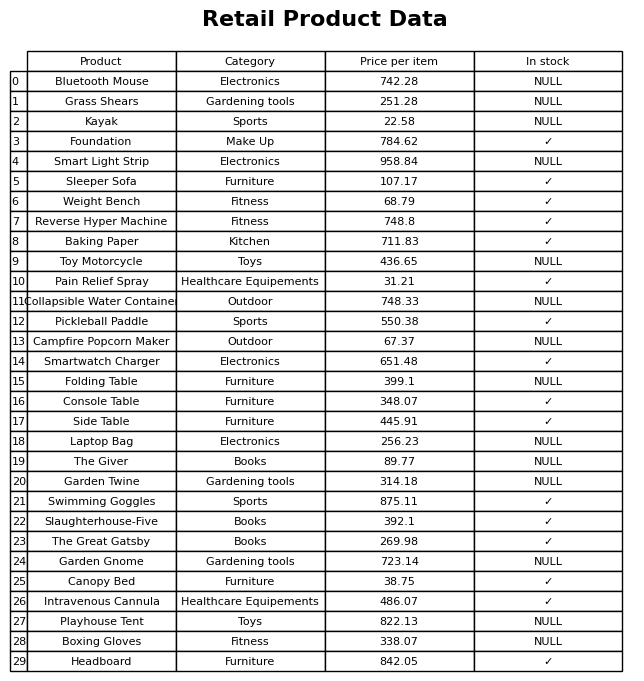
question: What is the price for Canopy Bed?
answer: The price of Canopy Bed is 38.75.